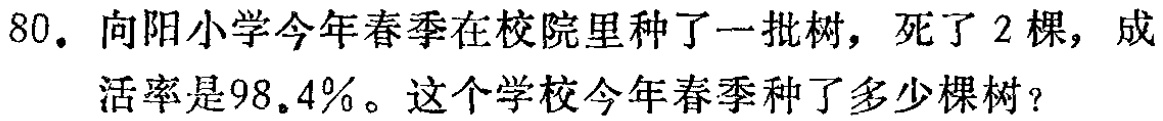
80. 向阳小学今年春季在校院里种了一批树，死了 2 棵，成活率是98.4%。这个学校今年春季种了多少棵树？